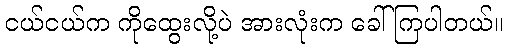
ငယ်ငယ်က ကိုထွေးလို့ပဲ အားလုံးက ခေါ်ကြပါတယ်။